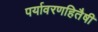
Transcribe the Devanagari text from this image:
पर्यावरणहितैषी